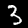
Digit: 3